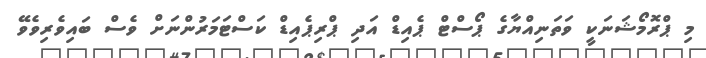
މި ޕްރޮމޯޝަނަކީ ވަތަނިއްޔާގެ ޕޯސްޓް ޕެއިޑް އަދި ޕްރިޕެއިޑް ކަސްޓަމަރުންނަށް ވެސް ބައިވެރިވެވޭ